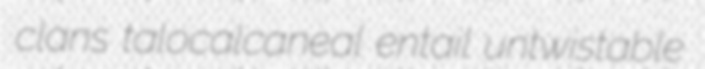
clans talocalcaneal entail untwistable